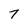
Character: 7